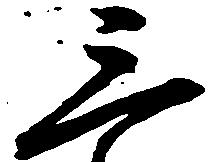
三